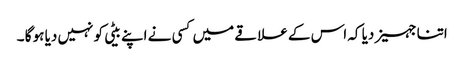
اتنا جہیز دیا کہ اس کے علا قے میں کسی نے اپنے بیٹی کو نہیں دیا ہو گا ۔